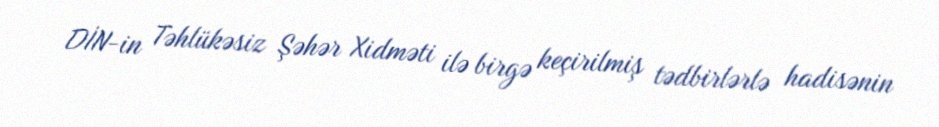
DİN-in Təhlükəsiz Şəhər Xidməti ilə birgə keçirilmiş tədbirlərlə hadisənin